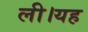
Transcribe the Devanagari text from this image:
ली।यह